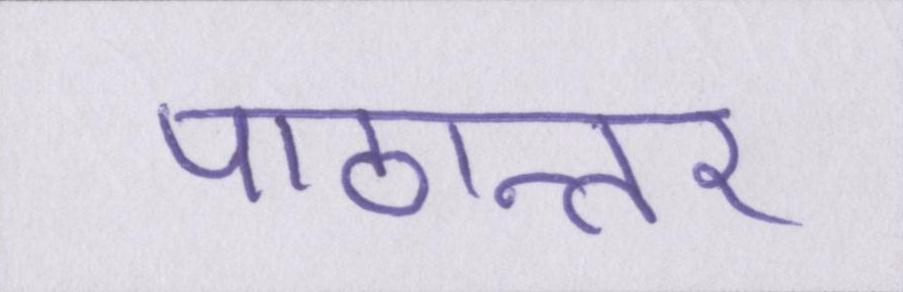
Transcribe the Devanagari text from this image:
पाठान्तर